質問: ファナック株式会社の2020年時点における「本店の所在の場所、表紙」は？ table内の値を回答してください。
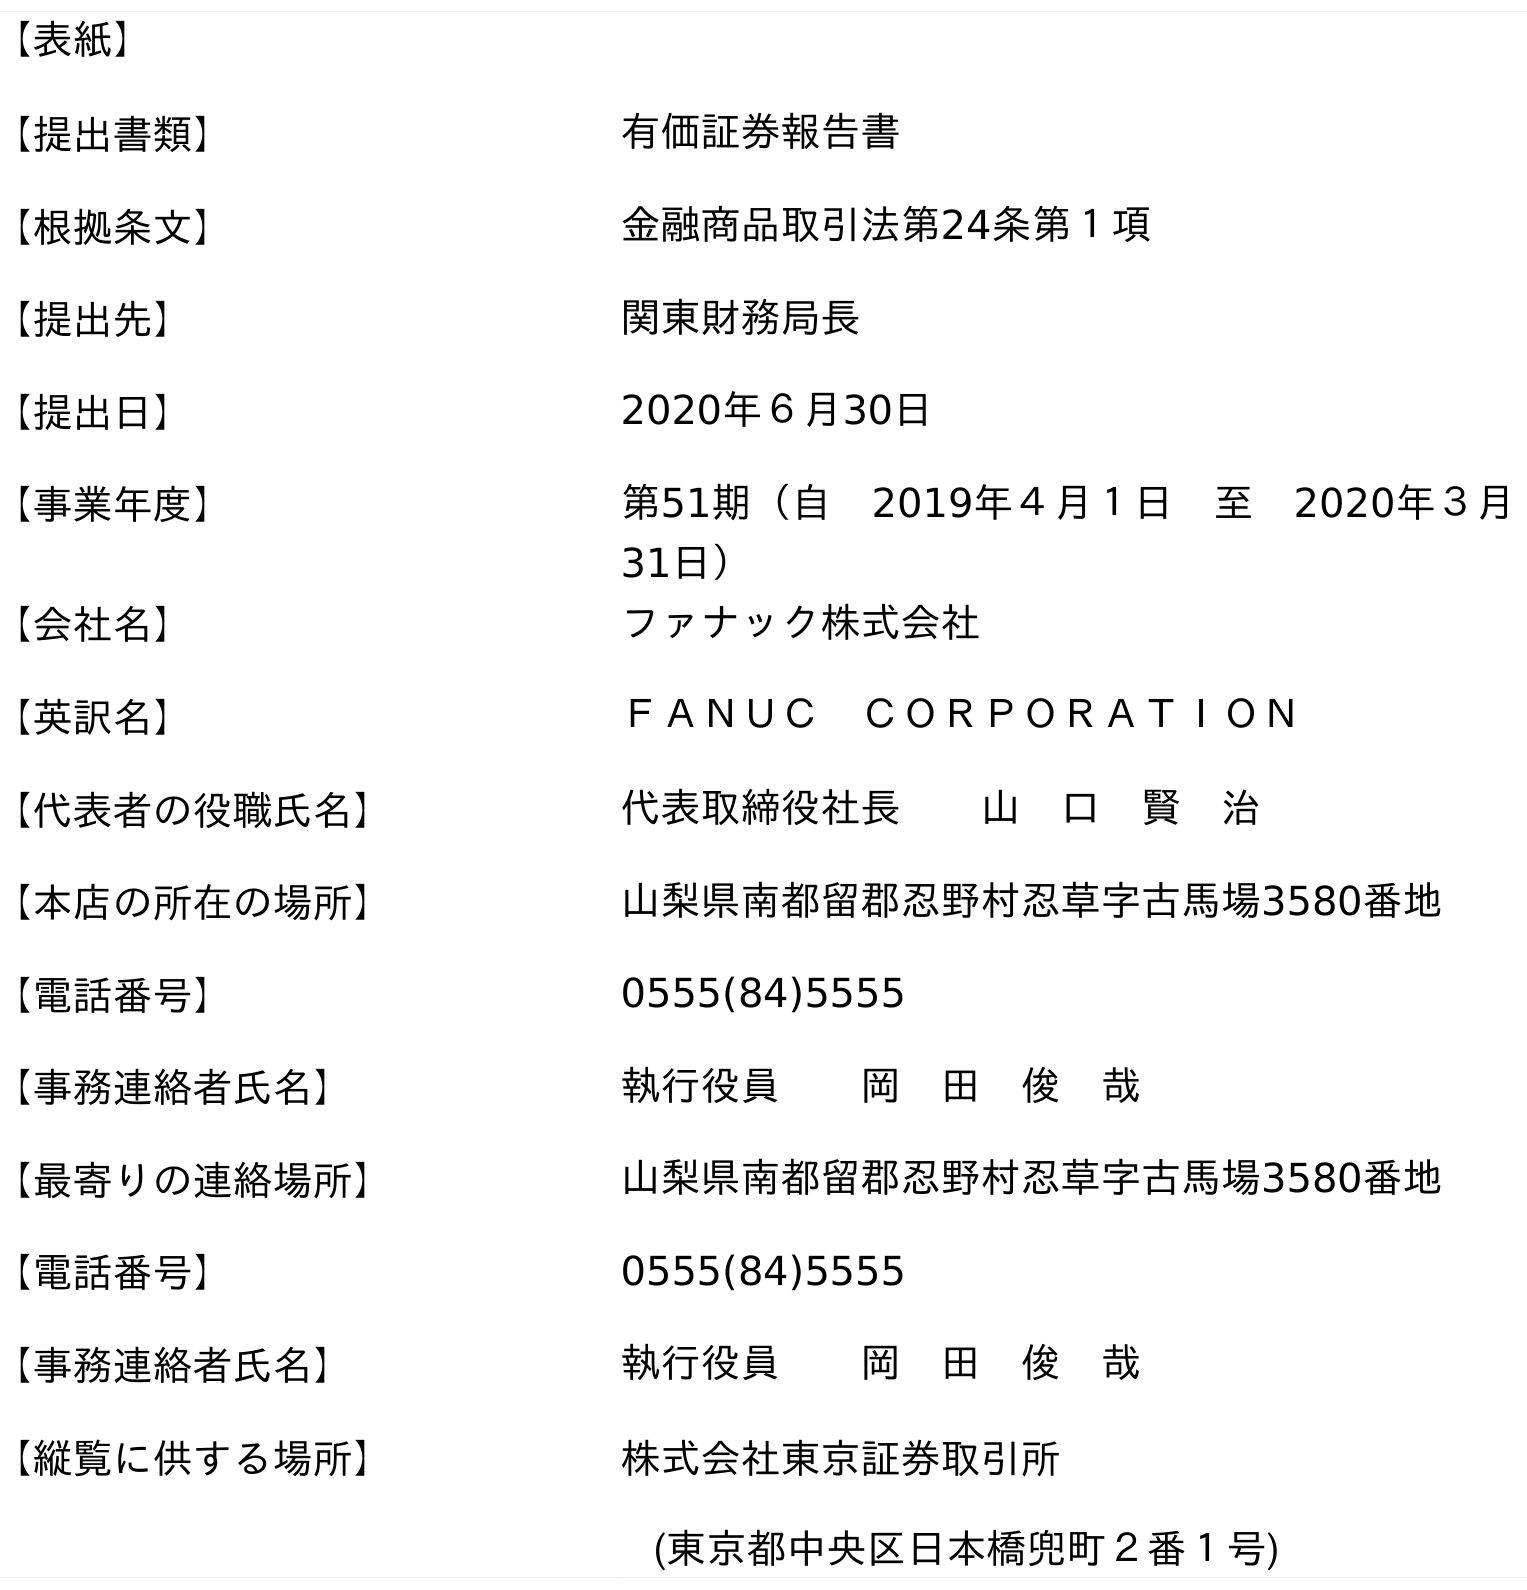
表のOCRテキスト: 【表紙】 【提出書類】 有価証券報告書 【根拠条文】 金融商品取引法第24条第１項 【提出先】 関東財務局長 【提出日】 2020年６月30日 【事業年度】 第51期（自 2019年４月１日 至 2020年３月 31日） 【会社名】 ファナック株式会社 【英訳名】 ＦＡＮＵＣ ＣＯＲＰＯＲＡＴＩＯＮ 【代表者の役職氏名】 代表取締役社長  山 口 賢 治 【本店の所在の場所】 山梨県南都留郡忍野村忍草字古馬場3580番地 【電話番号】 0555(84)5555 【事務連絡者氏名】 執行役員  岡 田 俊 哉 【最寄りの連絡場所】 山梨県南都留郡忍野村忍草字古馬場3580番地 【電話番号】 0555(84)5555 【事務連絡者氏名】 執行役員  岡 田 俊 哉 【縦覧に供する場所】 株式会社東京証券取引所 (東京都中央区日本橋兜町２番１号)
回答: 山梨県南都留郡忍野村忍草字古馬場3580番地